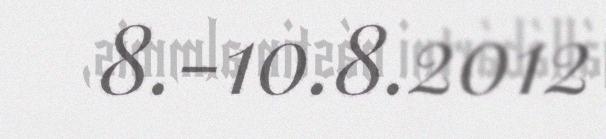
8.-10.8.2012